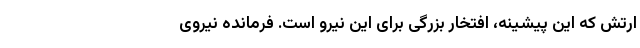
ارتش که این پیشینه، افتخار بزرگی برای این نیرو است. فرمانده نیروی